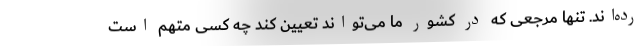
رده‌اند. تنها مرجعی که در کشور ما می‌تواند تعیین کند چه کسی متهم است